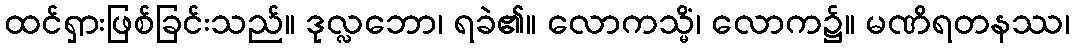
ထင်ရှားဖြစ်ခြင်းသည်။ ဒုလ္လဘော၊ ရခဲ၏။ လောကသ္မိံ၊ လောက၌။ မဏိရတနဿ၊